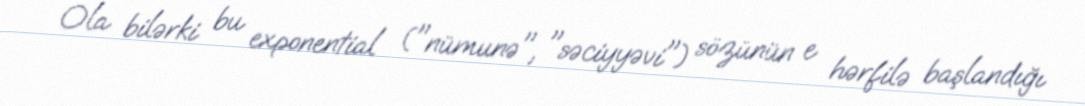
Ola bilərki bu exponential ("nümunə", "səciyyəvi") sözünün e hərfilə başlandığı